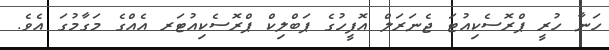
ހަނާ ހުރީ ޕްރޮސެކިއުޓަ ޖެނަރަލް އޮފީހުގެ ޕަބްލިކް ޕްރޮސެކިއުޓަރ އެއްގެ މަގާމުގަ އެވެ.